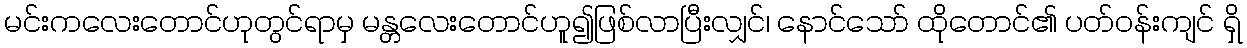
မင်းကလေးတောင်ဟုတွင်ရာမှ မန္တလေးတောင်ဟူ၍ဖြစ်လာပြီးလျှင်၊ နောင်သော် ထိုတောင်၏ ပတ်ဝန်းကျင် ရှိ